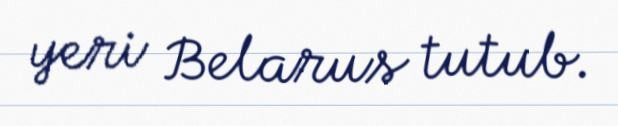
yeri Belarus tutub.